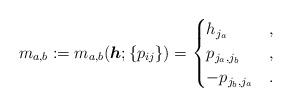
LaTeX: \begin{gather*}m_{a,b}:= m_{a,b}({\boldsymbol{h}};\{p_{ij}\} ) =\begin{cases} h_{j_{a}} & ,\\p_{{j_a},{j_b}} & , \\- p_{{j_b},{j_a}} & .\end{cases}\end{gather*}